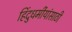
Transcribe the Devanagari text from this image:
हिंदुधर्मीयांसाठी